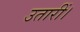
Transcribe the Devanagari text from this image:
उतारीं।